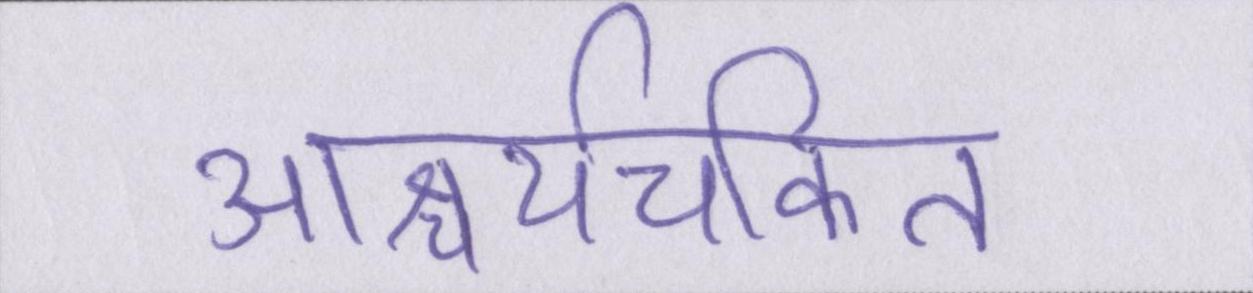
आश्चर्यचकित